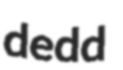
dedd